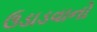
ઉડાડવાનો